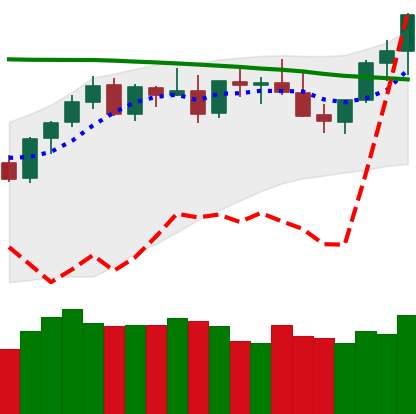
Ticker: XMR-USD
Chart end date: 2021-08-22
Forward return: 3.074%
Label: up_3_5